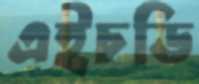
এইচডি